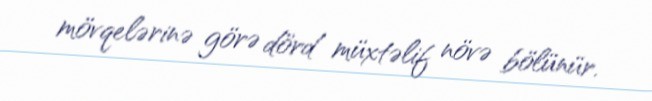
mövqelərinə görə dörd müxtəlif növə bölünür.